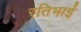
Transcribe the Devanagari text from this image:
रतिभाई